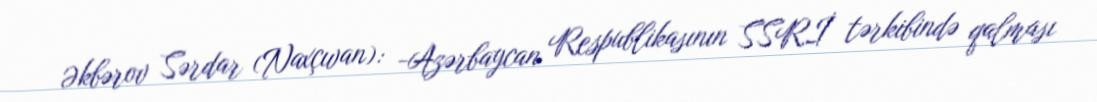
Əkbərov Sərdar (Naxçıvan): -Azərbaycan Respublikasının SSRİ tərkibində qalması